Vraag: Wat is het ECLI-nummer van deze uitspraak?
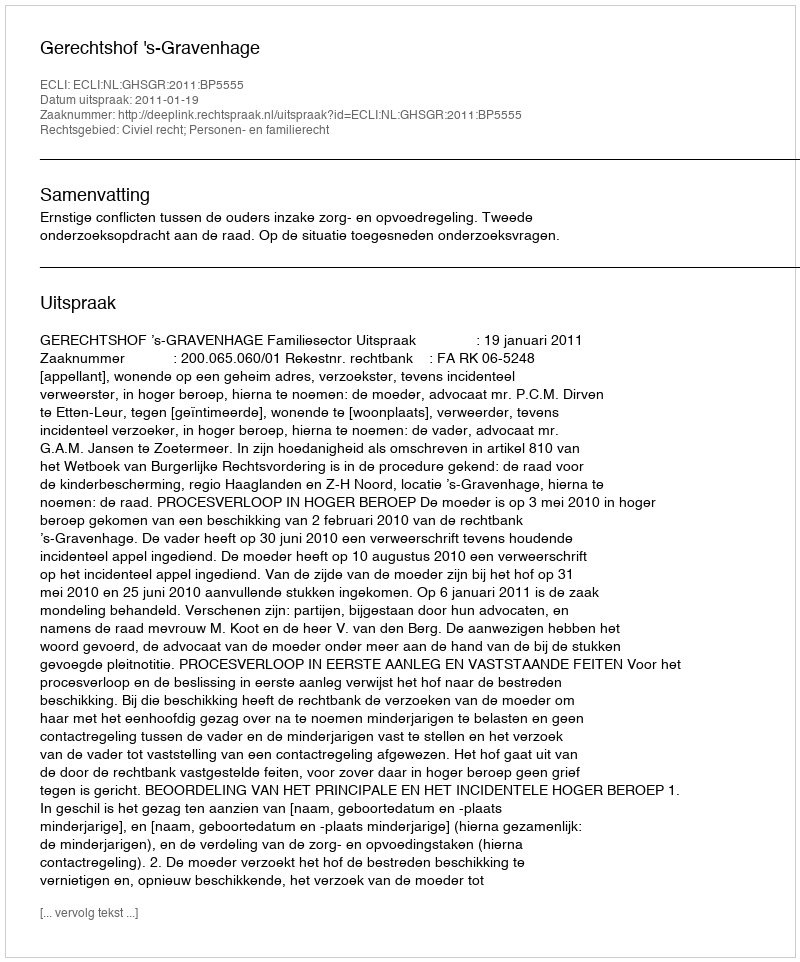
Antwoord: ECLI:NL:GHSGR:2011:BP5555